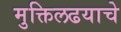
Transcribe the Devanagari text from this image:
मुक्तिलढयाचे